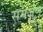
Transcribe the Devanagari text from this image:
समजुण